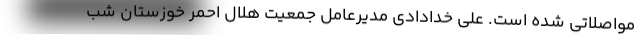
مواصلاتی شده است. علی خدادادی مدیرعامل جمعیت هلال احمر خوزستان شب